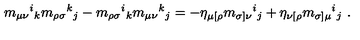
m _ { \mu \nu } { } ^ { i } { } _ { k } m _ { \rho \sigma } { } ^ { k } { } _ { j } - m _ { \rho \sigma } { } ^ { i } { } _ { k } m _ { \mu \nu } { } ^ { k } { } _ { j } = - \eta _ { \mu [ \rho } m _ { \sigma ] \nu } { } ^ { i } { } _ { j } + \eta _ { \nu [ \rho } m _ { \sigma ] \mu } { } ^ { i } { } _ { j } \ .